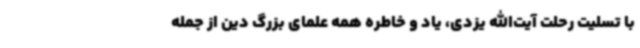
با تسلیت رحلت آیت‌الله یزدی، یاد و خاطره همه علمای بزرگ دین از جمله